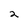
Character: 2